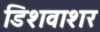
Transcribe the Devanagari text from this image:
डिशवाशर